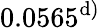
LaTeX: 0.0565^{\mathrm{d})}